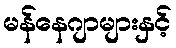
မန်နေဂျာများနှင့်